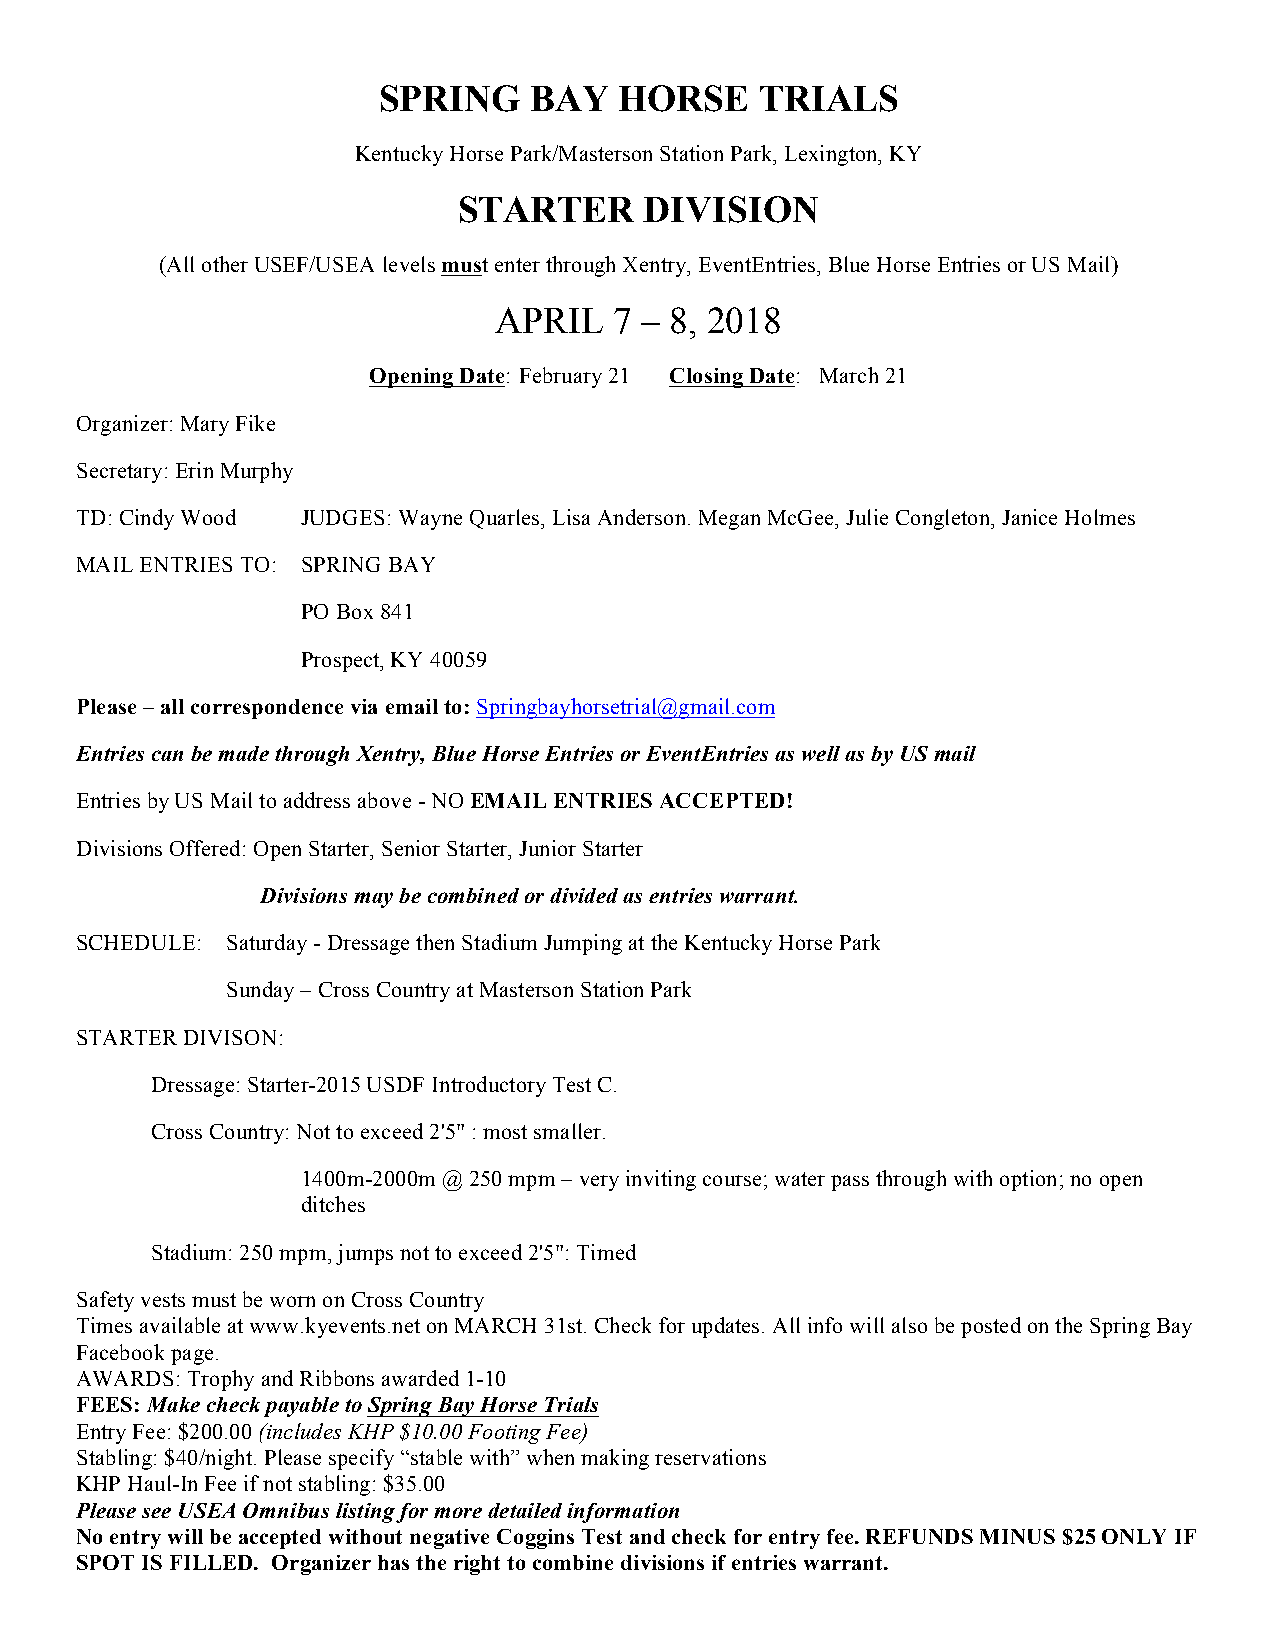
SPRING    BAY   HORSE    TRIALS
 Kentucky Horse Park/Masterson Station Park, Lexington, KY
 STARTER      DIVISION
 (All other USEF/USEA levels must enter through Xentry, EventEntries, Blue Horse Entries or US Mail)
 APRIL   7 – 8, 2018
 Opening Date: February 21 Closing Date: March 21
 Organizer: Mary Fike
 Secretary: Erin Murphy
 TD: Cindy Wood JUDGES: Wayne Quarles, Lisa Anderson. Megan McGee, Julie Congleton, Janice Holmes
 MAIL ENTRIES TO: SPRING BAY
 PO Box 841
 Prospect, KY 40059
 Please – all correspondence via email to: Springbayhorsetrial@gmail.com
 Entries can be made through Xentry, Blue Horse Entries or EventEntries as well as by US mail
 Entries by US Mail to address above - NO EMAIL ENTRIES ACCEPTED!
 Divisions Offered: Open Starter, Senior Starter, Junior Starter
 Divisions may be combined or divided as entries warrant.
 SCHEDULE: Saturday - Dressage then Stadium Jumping at the Kentucky Horse Park
 Sunday – Cross Country at Masterson Station Park
 STARTER DIVISON:
 Dressage: Starter-2015 USDF Introductory Test C.
 Cross Country: Not to exceed 2'5" : most smaller.
 1400m-2000m @ 250 mpm – very inviting course; water pass through with option; no open
 ditches
 Stadium: 250 mpm, jumps not to exceed 2'5": Timed
 Safety vests must be worn on Cross Country
 Times available at www.kyevents.net on MARCH 31st. Check for updates. All info will also be posted on the Spring Bay
 Facebook page.
 AWARDS: Trophy and Ribbons awarded 1-10
 FEES: Make check payable to Spring Bay Horse Trials
 Entry Fee: $200.00 (includes KHP $10.00 Footing Fee)
 Stabling: $40/night. Please specify “stable with” when making reservations
 KHP Haul-In Fee if not stabling: $35.00
 Please see USEA Omnibus listing for more detailed information
 No entry will be accepted without negative Coggins Test and check for entry fee. REFUNDS MINUS $25 ONLY IF
 SPOT IS FILLED. Organizer has the right to combine divisions if entries warrant.